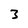
Character: 3